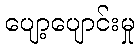
ပျော့ပျောင်းမှု